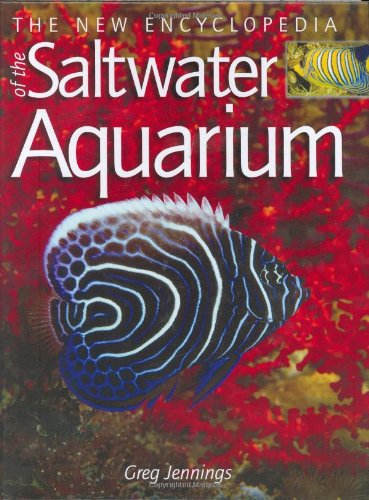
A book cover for The New Encyclopedia of the Saltwater Aquarium; Greg Jennings; Crafts, Hobbies & Home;